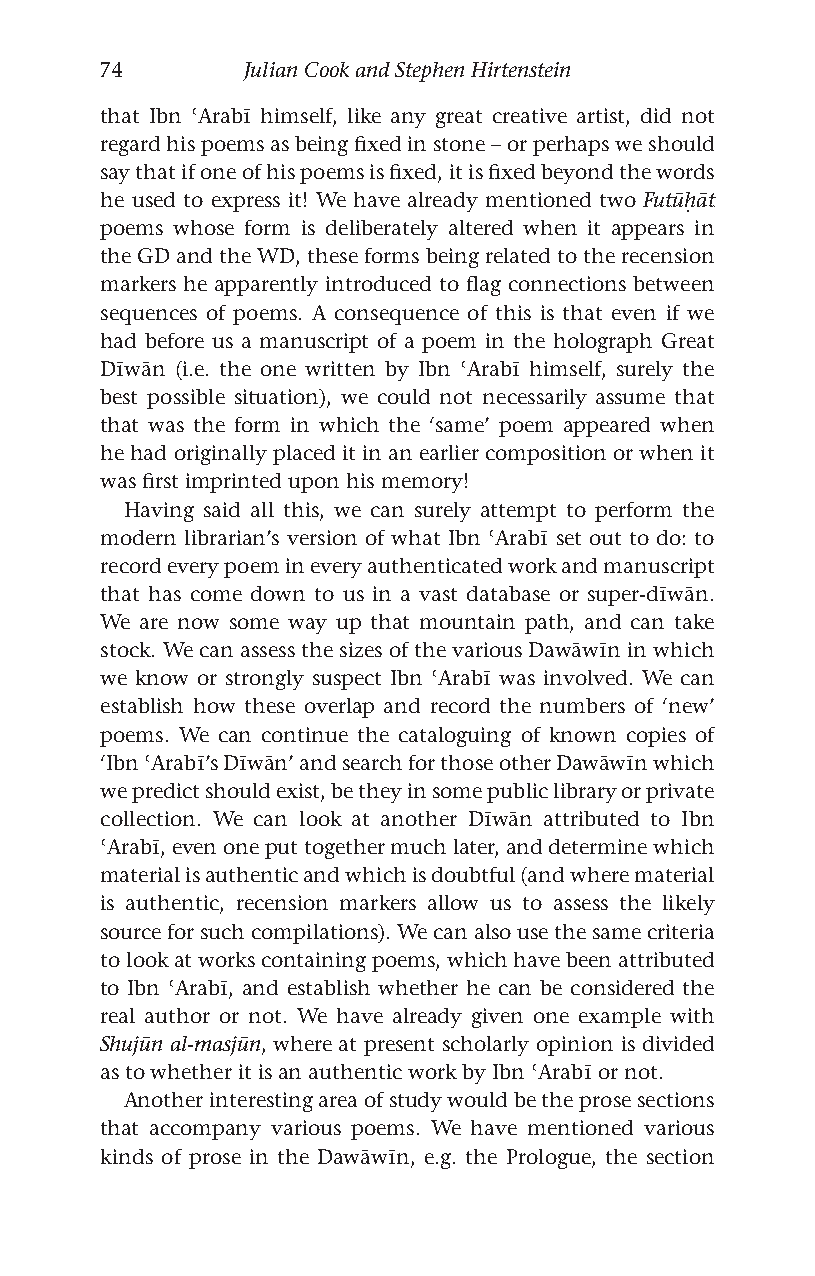
74       Julian Cook and Stephen Hirtenstein
 that Ibn ʿArabī himself, like any great creative artist, did not
 regard his poems as being fixed in stone – or perhaps we should
 say that if one of his poems is fixed, it is fixed beyond the words
 he used to express it! We have already mentioned two Futūḥāt
 poems whose form is deliberately altered when it appears in
 the GD and the WD, these forms being related to the recension
 markers he apparently introduced to flag connections between
 sequences of poems. A consequence of this is that even if we
 had before us a manuscript of a poem in the holograph Great
 Dīwān (i.e. the one written by Ibn ʿArabī himself, surely the
 best possible situation), we could not necessarily assume that
 that was the form in which the ‘same’ poem appeared when
 he had originally placed it in an earlier composition or when it
 was first imprinted upon his memory!
 Having said all this, we can surely attempt to perform the
 modern librarian’s version of what Ibn ʿArabī set out to do: to
 record every poem in every authenticated work and manuscript
 that has come down to us in a vast database or super-dīwān.
 We are now some way up that mountain path, and can take
 stock. We can assess the sizes of the various Dawāwīn in which
 we know or strongly suspect Ibn ʿArabī was involved. We can
 establish how these overlap and record the numbers of ‘new’
 poems. We can continue the cataloguing of known copies of
 ‘Ibn ʿArabī’s Dīwān’ and search for those other Dawāwīn which
 we predict should exist, be they in some public library or private
 collection. We can look at another Dīwān attributed to Ibn
 ʿArabī, even one put together much later, and determine which
 material is authentic and which is doubtful (and where material
 is authentic, recension markers allow us to assess the likely
 source for such compilations). We can also use the same criteria
 to look at works containing poems, which have been attributed
 to Ibn ʿArabī, and establish whether he can be considered the
 real author or not. We have already given one example with
 Shujūn al-masjūn, where at present scholarly opinion is divided
 as to whether it is an authentic work by Ibn ʿArabī or not.
 Another interesting area of study would be the prose sections
 that accompany various poems. We have mentioned various
 kinds of prose in the Dawāwīn, e.g. the Prologue, the section